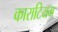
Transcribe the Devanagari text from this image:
काराटियम